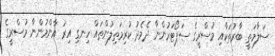
ސަލާމަތީ ބާރުތަކާއި މުސްރީގެ ސަޕޯޓަރުންނާ ދެމެދު ކުރިމަތިލުންތައް ހިނގި އިރު އާންމުންނާ މުސްރީގެ